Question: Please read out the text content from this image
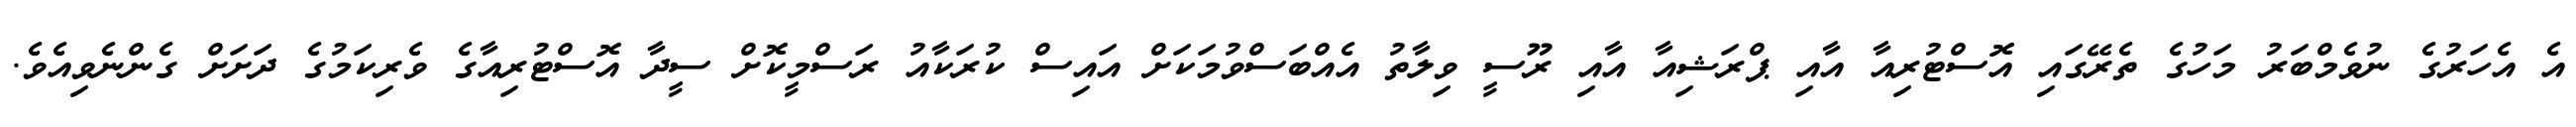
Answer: އެ އެހަރުގެ ނުވެމްބަރު މަހުގެ ތެރޭގައި އޮސްޓުރިއާ އާއި ޕްރަޝިއާ އާއި ރޫސީ ވިލާތު އެއްބަސްވުމަކަށް އައިސް ކުރަކާއު ރަސްމީކޮށް ސީދާ އޮސްޓުރިއާގެ ވެރިކަމުގެ ދަށަށް ގެންނެވިއެވެ.